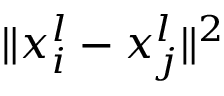
\Vert { x _ { i } ^ { l } - x _ { j } ^ { l } } \Vert ^ { 2 }